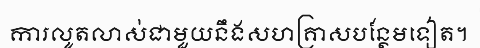
ការលូតលាស់ជាមួយនឹងសហគ្រាសបន្ថែមទៀត។